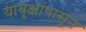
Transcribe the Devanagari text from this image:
यावृक्षांपासून